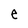
Character: e